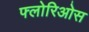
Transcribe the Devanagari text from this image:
फ्लोरिओस